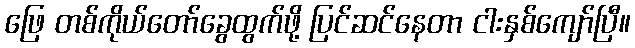
ဖြေ တစ်ကိုယ်တော်ခွေထွက်ဖို့ ပြင်ဆင်နေတာ ငါးနှစ်ကျော်ပြီ။